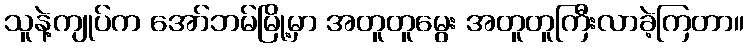
သူနဲ့ကျုပ်က အော်ဘမ်မြို့မှာ အတူတူမွေး အတူတူကြီးလာခဲ့ကြတာ။